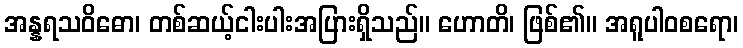
အန္နရသဝိဓော၊ တစ်ဆယ့်ငါးပါးအပြားရှိသည်။ ဟောတိ၊ ဖြစ်၏။ အရူပါဝစရော၊